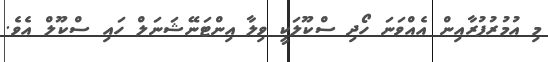
މި އުމުރުފުރާއިން އެއްވަނަ ހޯދި ސްކޫލަކީ ވިލާ އިންޓަނޭޝަނަލް ހައި ސްކޫލް އެވެ.